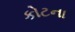
કોટના